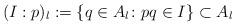
LaTeX: \begin{align*}(I:p)_l: = \{q\in A_l\colon pq\in I\}\subset A_l\end{align*}